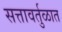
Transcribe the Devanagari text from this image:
सत्तावर्तुळात